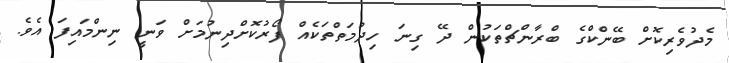
މެދުވެރިކޮށް ބޭންކްގެ ބްރާންޗްތަކުން ދޭ ގިނަ ހިދުމަތްތަކެއް ފޯރުކޮށްދިނުމަށް ވަނީ ނިންމައިފަ އެވެ.